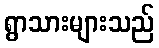
ရွာသားများသည်